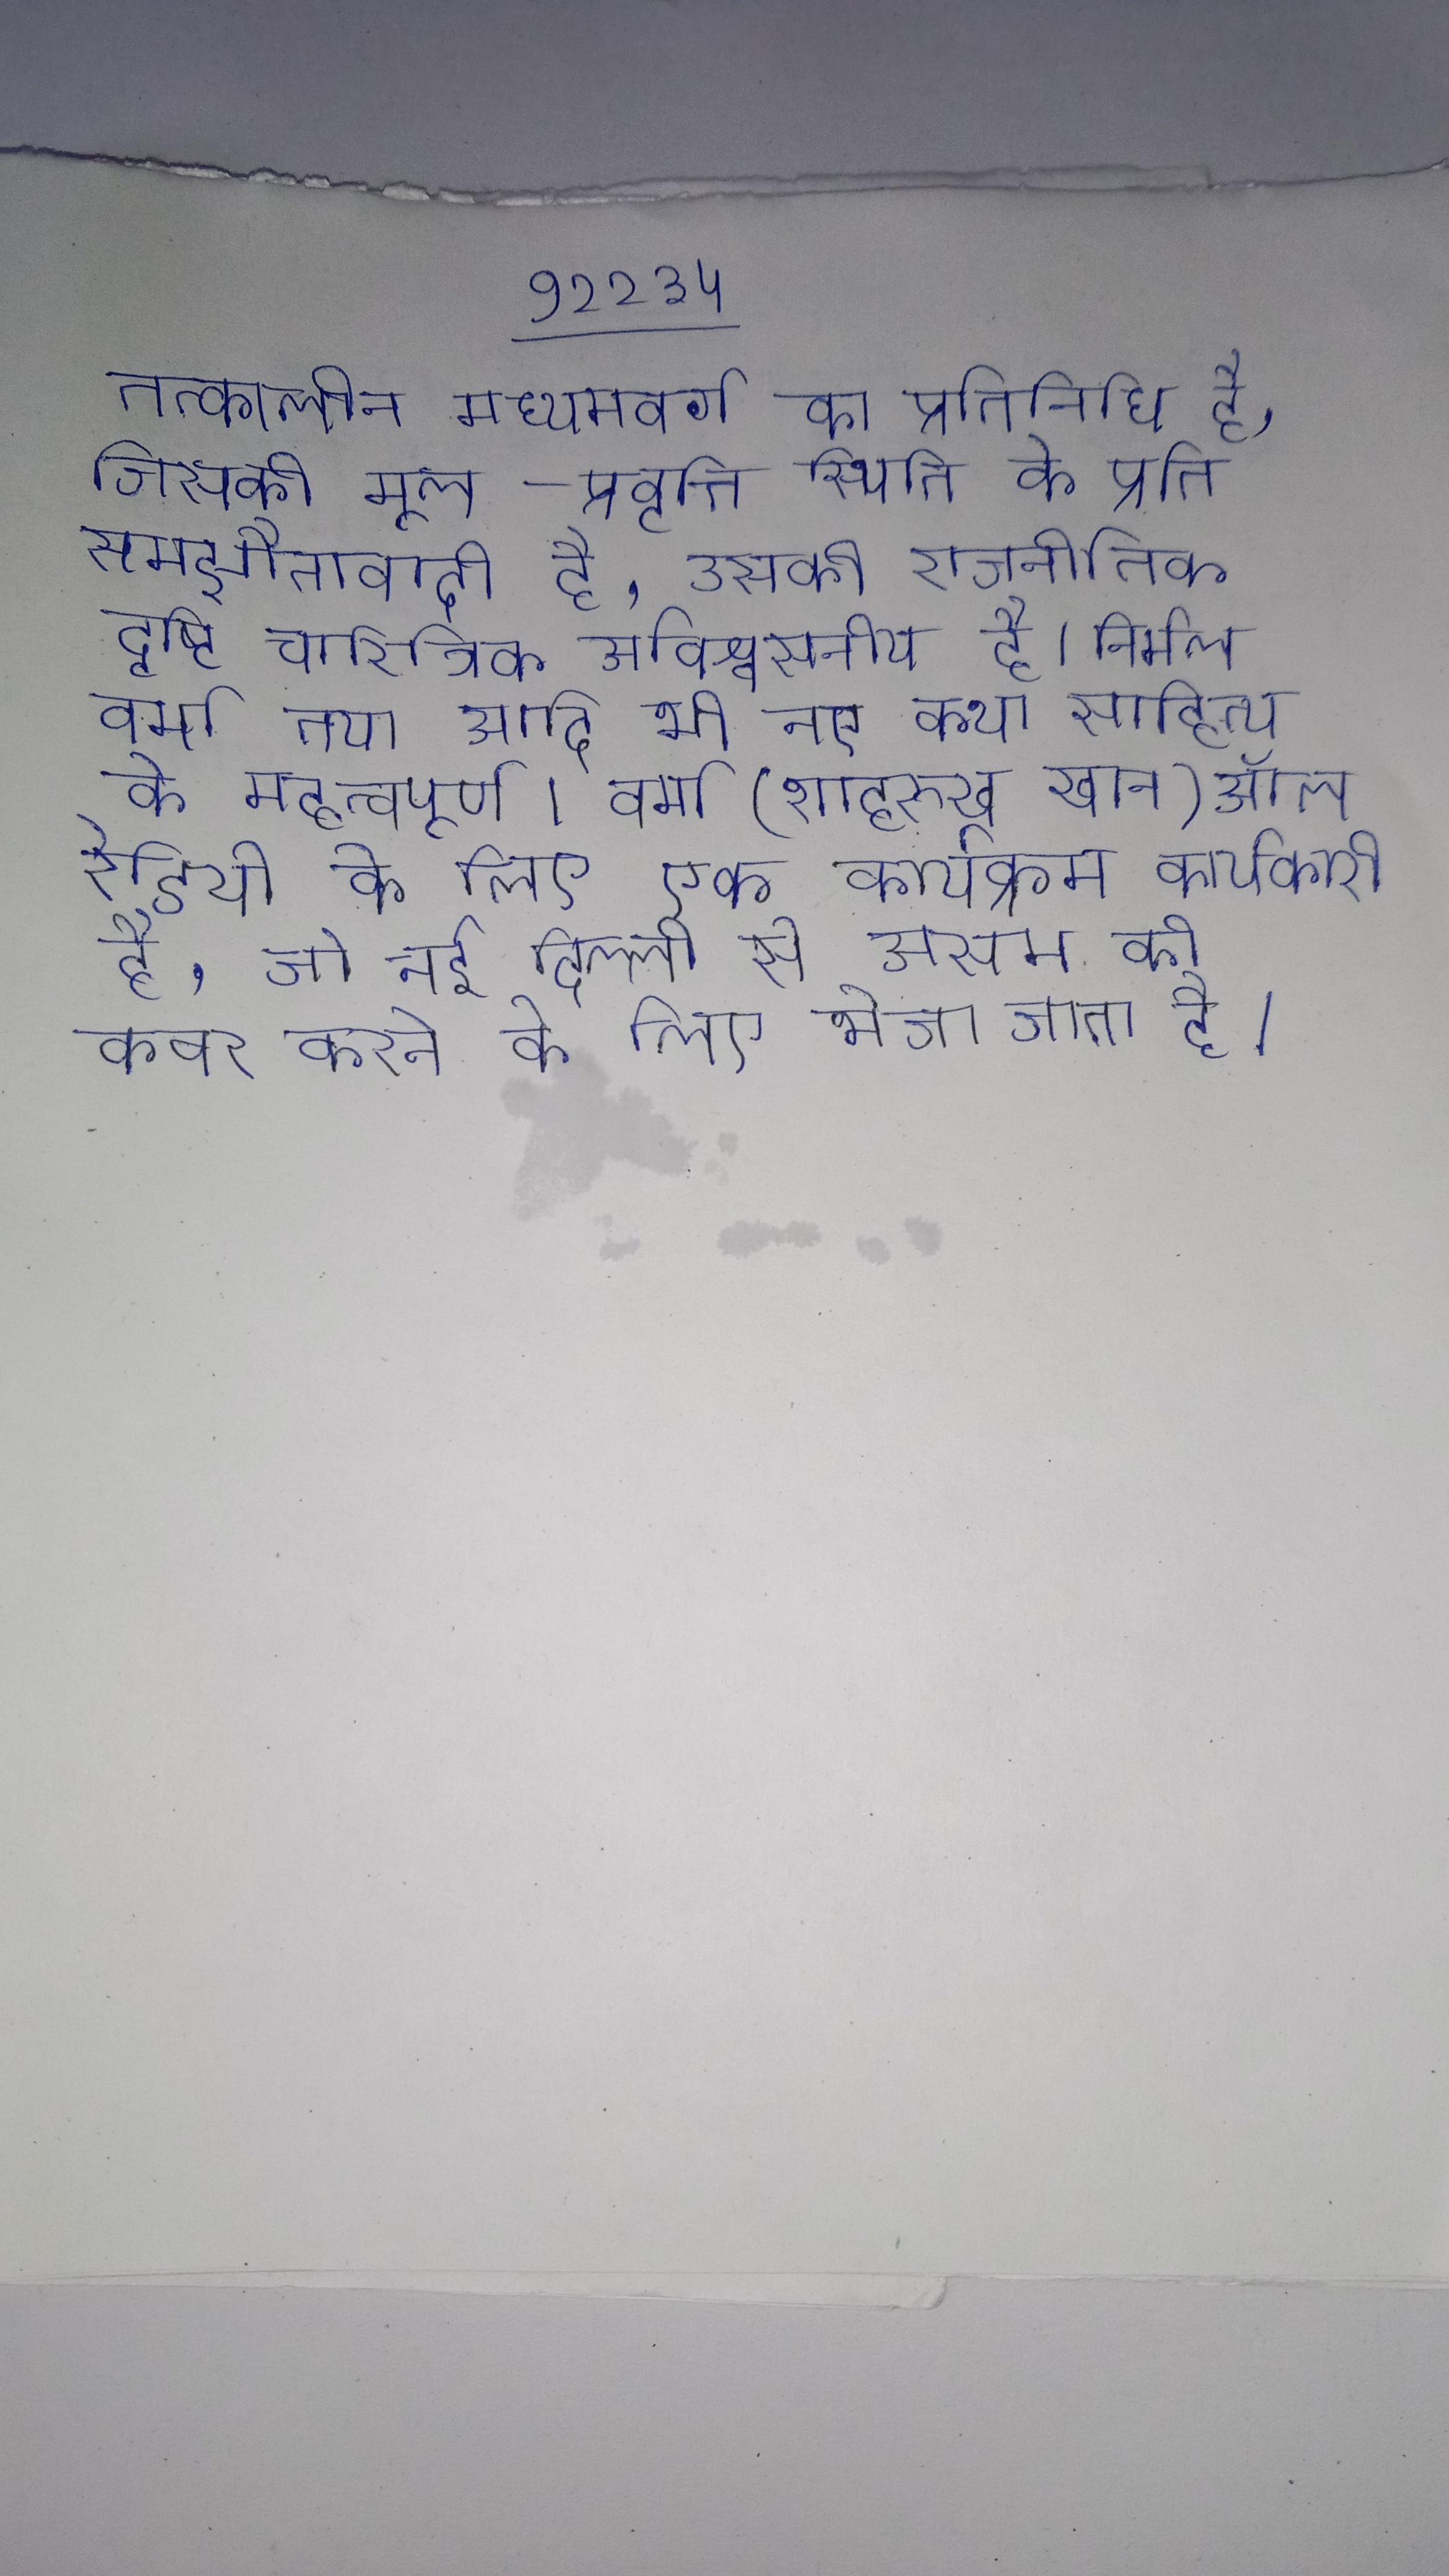
तत्कालीन मध्यमवर्ग का प्रतिनिधि है, जिसकी मूल-प्रवृत्ति स्थिति के प्रति समझौतावादी है, उसकी राजनीतिक दृष्टि चारित्रिक अविश्वसनीय है । निर्मल वर्मा तथा आदि भी नए कथा साहित्य के महत्वपूर्ण । वर्मा (शाहरुख खान) ऑल रेडियो के लिए एक कार्यक्रम कार्यकारी है, जो नई दिल्ली से असम को कवर करने के लिए भेजा जाता है ।